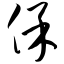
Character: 保